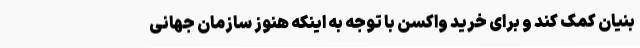
‌بنیان کمک کند و برای خرید واکسن با توجه به اینکه هنوز سازمان جهانی